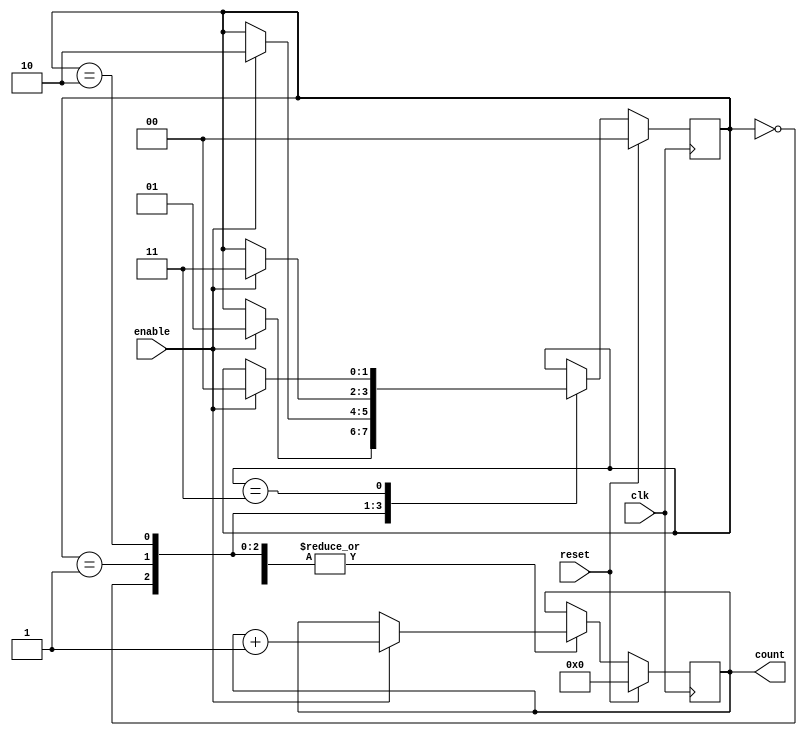
module synchronous_counter(
    input wire clk,
    input wire enable,
    input wire reset,
    output reg [3:0] count
);

reg [1:0] state;

always @(posedge clk) begin
    if(reset) begin
        state <= 2'b00;
        count <= 4'b0000;
    end else begin
        case(state)
            2'b00: begin
                if(enable) begin
                    state <= 2'b01;
                    count <= count + 1;
                end
            end
            2'b01: begin
                if(enable) begin
                    state <= 2'b10;
                    count <= count + 1;
                end
            end
            2'b10: begin
                if(enable) begin
                    state <= 2'b11;
                    count <= count + 1;
                end
            end
            2'b11: begin
                if(enable) begin
                    state <= 2'b00;
                    count <= count + 1;
                end
            end
        endcase
    end
end

endmodule